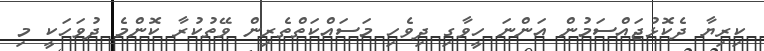
ކިރިޔާ ދެކޮޅުޖައްސަމުން އަންނަ ހީވާގި ދިވެހި މަސައްކަތްތެރިން ވޭތުކުރާ ކޮންމެ ދުވަހަކީ މި